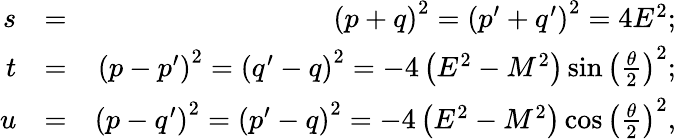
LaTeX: \begin{array}{rlr}{s}&{=}&{\left(p+q\right)^{2}=\left(p^{\prime}+q^{\prime}\right)^{2}=4E^{2};}\\ {t}&{=}&{\left(p-p^{\prime}\right)^{2}=\left(q^{\prime}-q\right)^{2}=-4\left(E^{2}-M^{2}\right)\sin\left(\frac{\theta}{2}\right)^{2};}\\ {u}&{=}&{\left(p-q^{\prime}\right)^{2}=\left(p^{\prime}-q\right)^{2}=-4\left(E^{2}-M^{2}\right)\cos\left(\frac{\theta}{2}\right)^{2},}\end{array}